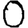
Digit: 0